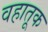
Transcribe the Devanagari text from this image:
वहातूक